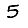
Digit: 5